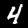
Digit: 4